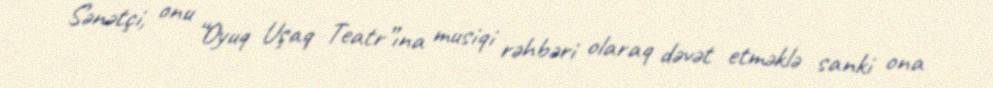
Sənətçi, onu “Oyuq Uşaq Teatr”ına musiqi rəhbəri olaraq dəvət etməklə sanki ona